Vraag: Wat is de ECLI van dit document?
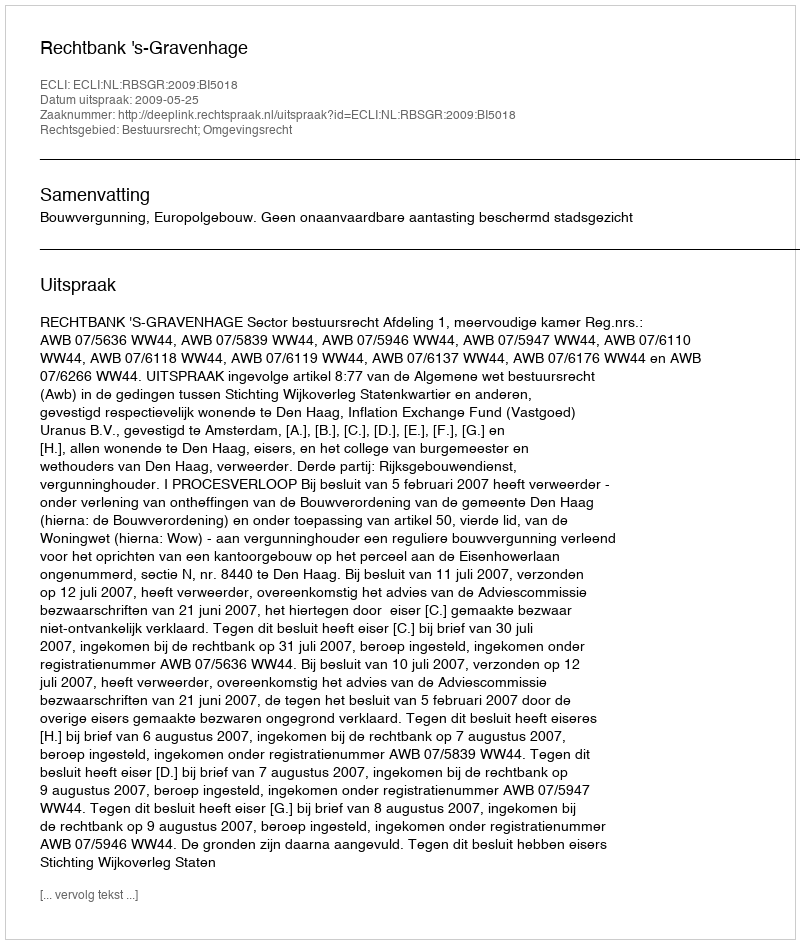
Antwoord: ECLI:NL:RBSGR:2009:BI5018